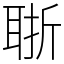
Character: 𦕶